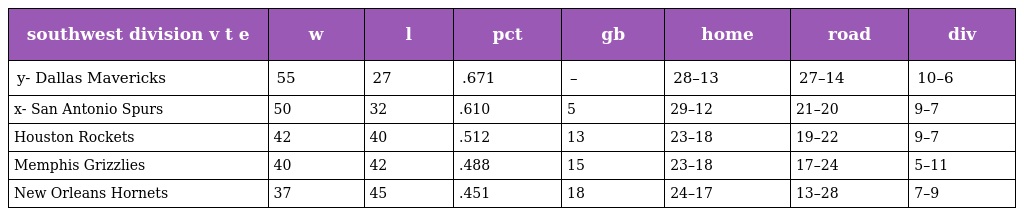
| southwest division v t e | w | l | pct | gb | home | road | div |
 | --- | --- | --- | --- | --- | --- | --- | --- |
 | y- Dallas Mavericks | 55 | 27 | .671 | – | 28–13 | 27–14 | 10–6 |
 | x- San Antonio Spurs | 50 | 32 | .610 | 5 | 29–12 | 21–20 | 9–7 |
 | Houston Rockets | 42 | 40 | .512 | 13 | 23–18 | 19–22 | 9–7 |
 | Memphis Grizzlies | 40 | 42 | .488 | 15 | 23–18 | 17–24 | 5–11 |
 | New Orleans Hornets | 37 | 45 | .451 | 18 | 24–17 | 13–28 | 7–9 |